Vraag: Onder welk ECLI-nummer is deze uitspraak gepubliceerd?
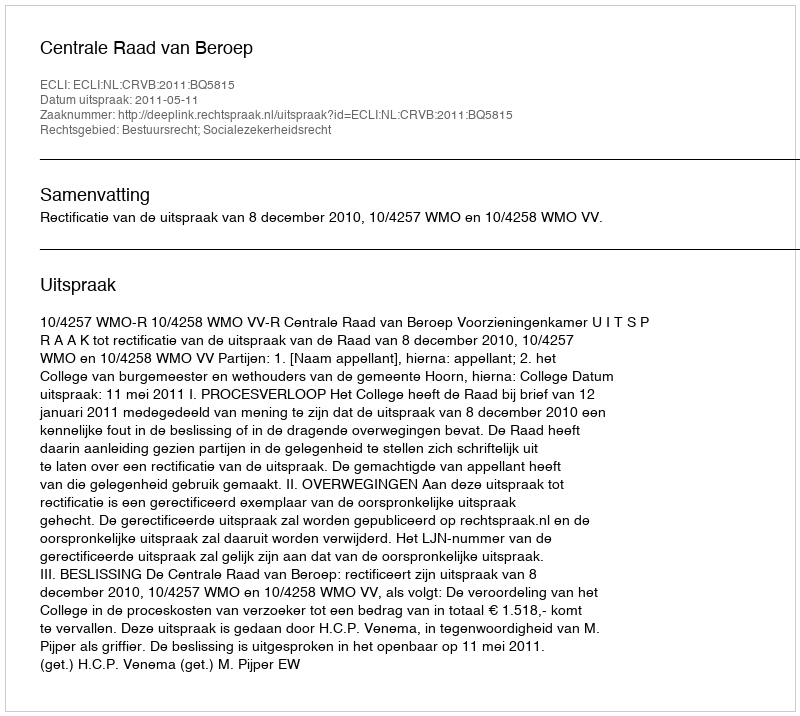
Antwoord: ECLI:NL:CRVB:2011:BQ5815